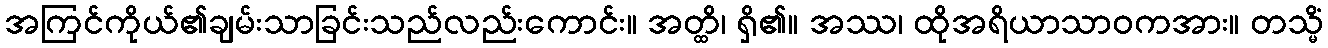
အကြင်ကိုယ်၏ချမ်းသာခြင်းသည်လည်းကောင်း။ အတ္ထိ၊ ရှိ၏။ အဿ၊ ထိုအရိယာသာဝကအား။ တသ္မိံ